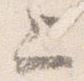
上